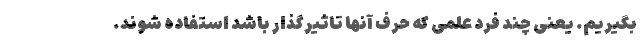
بگیریم. یعنی چند فرد علمی که حرف آنها تاثیرگذار باشد استفاده شوند.